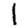
Digit: 1